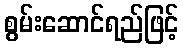
စွမ်းဆောင်ရည်ဖြင့်